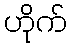
ဟိုက်